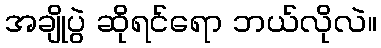
အချိုပွဲ ဆိုရင်ရော ဘယ်လိုလဲ။